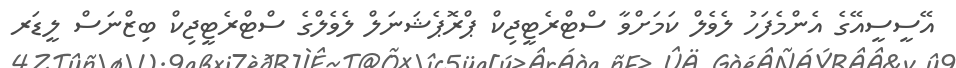
އޭސީސީއޭގެ އެންމެފަހު ލެވެލް ކަމަށްވާ ސްޓްރެޓީޖިކް ޕްރޮޕެޝަނަލް ލެވެލްގެ ސްޓްރެޓީޖިކް ބިޒްނަސް ލީޑަރ